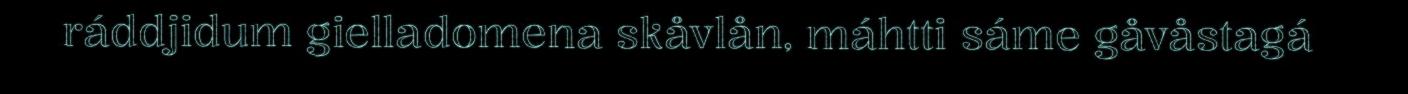
ráddjidum gielladomena skåvlån, máhtti sáme gåvåstagá